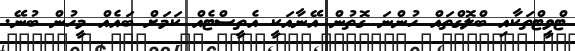
ޓްވީޓްތަކާއި ބްލޮގްތައް ހުންނަ ގޮތުން އޭނާއަކީ އެތީސްޓެއް ކަމަށް ބައެއް މީހުން ބުނޭ.